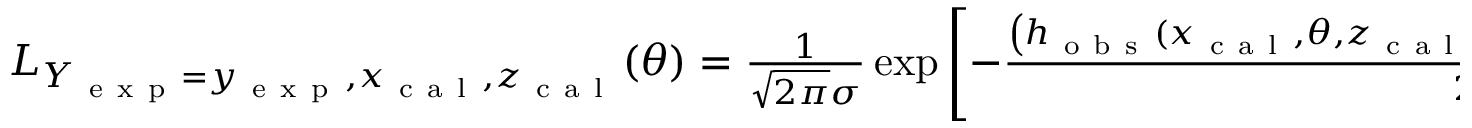
\begin{array} { r } { L _ { Y _ { \mathrm { ~ e ~ x ~ p ~ } } = y _ { \mathrm { ~ e ~ x ~ p ~ } } , x _ { \mathrm { ~ c ~ a ~ l ~ } } , z _ { \mathrm { ~ c ~ a ~ l ~ } } } ( \theta ) = \frac { 1 } { \sqrt { 2 \pi } \sigma } \exp \left[ - \frac { \left( h _ { \mathrm { ~ o ~ b ~ s ~ } } ( x _ { \mathrm { ~ c ~ a ~ l ~ } } , \theta , z _ { \mathrm { ~ c ~ a ~ l ~ } } ) - y _ { \mathrm { ~ e ~ x ~ p ~ } } ( x _ { \mathrm { ~ c ~ a ~ l ~ } } , z _ { \mathrm { ~ c ~ a ~ l ~ } } ) \right) ^ { 2 } } { 2 \sigma ^ { 2 } } \right] . } \end{array}